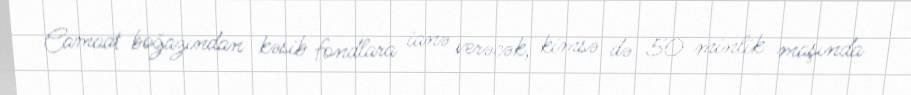
Camaat boğazından kəsib fondlara ianə verəcək, kimsə də 50 minlik maşında